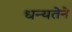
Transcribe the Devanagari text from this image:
धन्यतेने